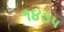
૧૪૩૫